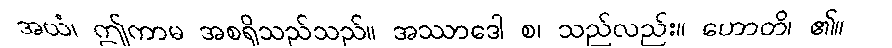
အယံ၊ ဤကာမ အစရှိသည်သည်။ အဿာဒေါ စ၊ သည်လည်း။ ဟောတိ၊ ၏။